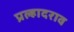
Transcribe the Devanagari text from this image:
प्रल्हादराव